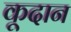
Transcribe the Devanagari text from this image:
कूदान